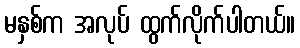
မနှစ်က အလုပ် ထွက်လိုက်ပါတယ်။